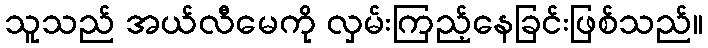
သူသည် အယ်လီမေကို လှမ်းကြည့်နေခြင်းဖြစ်သည်။